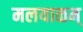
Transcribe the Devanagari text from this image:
मलयाळम्